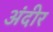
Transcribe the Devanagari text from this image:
अंदीर